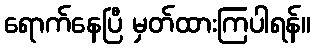
ရောက်နေပြီ မှတ်ထားကြပါရန်။